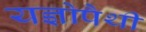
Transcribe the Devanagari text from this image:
यज्ञोपैथी